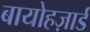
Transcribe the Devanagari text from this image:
बायोहज़ार्ड